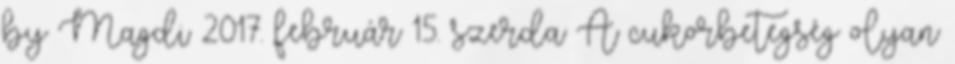
by Magdi 2017. február 15. szerda A cukorbetegség olyan